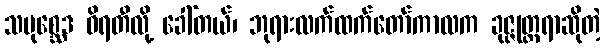
သမုစ္ဆေဒ ဝိရတီလို့ ခေါ်တယ်၊ ဘုရားလက်ထက်တော်ကာလက ခုဇ္ဇုတ္တရာဆိုတဲ့